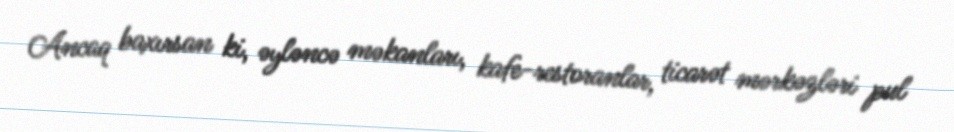
Ancaq baxırsan ki, əyləncə məkanları, kafe-restoranlar, ticarət mərkəzləri pul